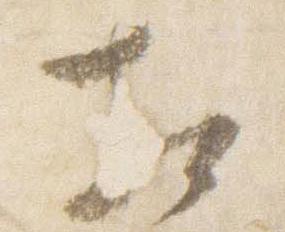
相